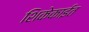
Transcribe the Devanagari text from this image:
शिकेकाईत